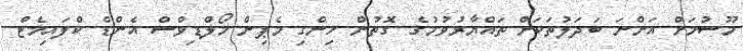
މޫސުމަށް އަންނަ ބަދަލުތަކަށް ތައްޔާރުވުމުގެ ގޮތުން ހިންގި މެޕިން މޯލްޑިވްސް އެންޑް ކްލައިމެޓް